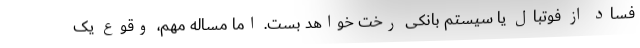
فساد از فوتبال یا سیستم بانکی رخت خواهد بست. اما مساله مهم، وقوع یک